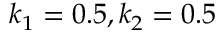
k _ { 1 } = 0 . 5 , k _ { 2 } = 0 . 5